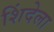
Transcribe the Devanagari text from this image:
शिंदेला